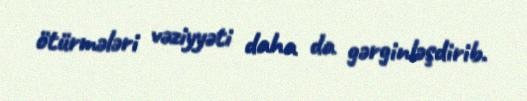
ötürmələri vəziyyəti daha da gərginləşdirib.